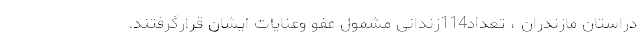
دراستان مازندران ، تعداد114زندانی مشمول عفو وعنایات ایشان قرارگرفتند.